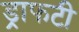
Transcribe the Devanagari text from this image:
ड्राफटी